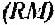
(RM)